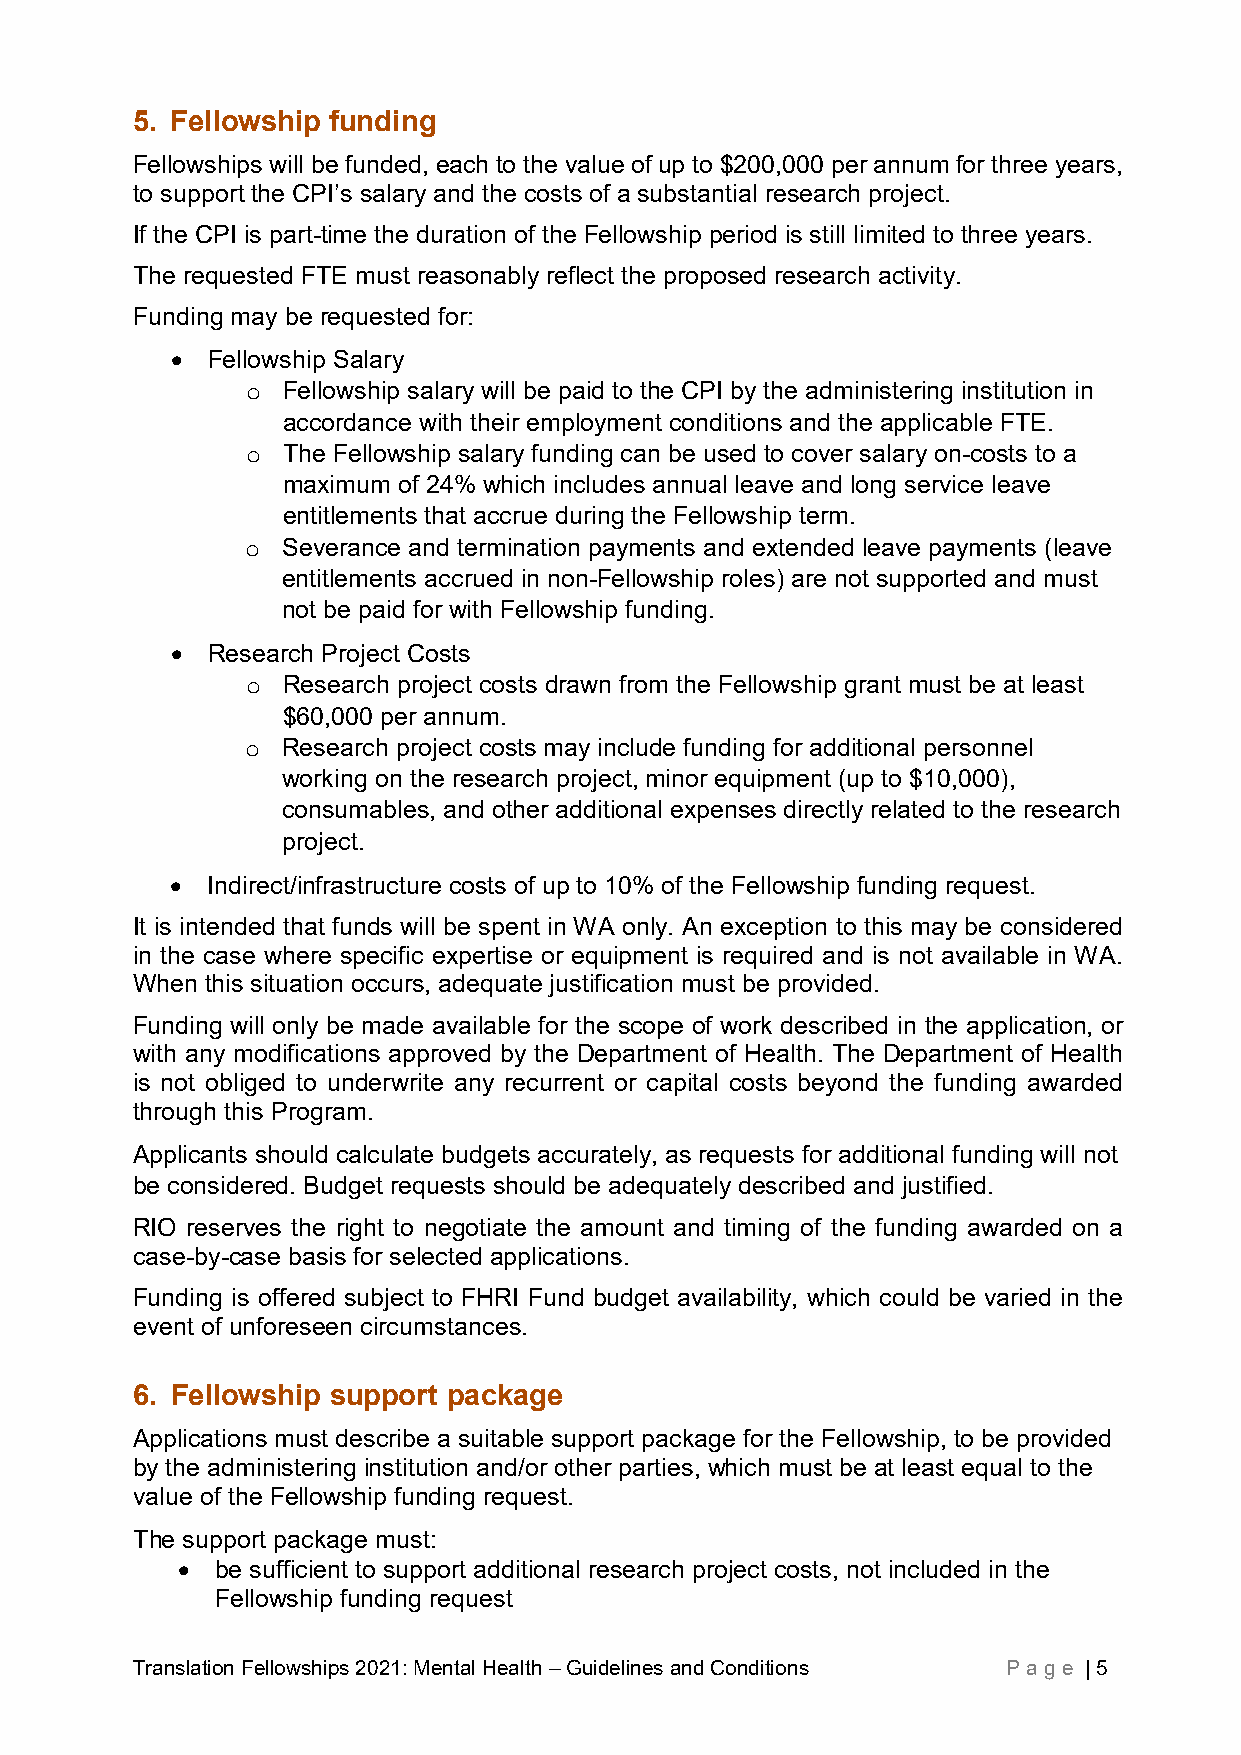
5. Fellowship funding
 Fellowships will be funded, each to the value of up to $200,000 per annum for three years,
 to support the CPI’s salary and the costs of a substantial research project.
 If the CPI is part-time the duration of the Fellowship period is still limited to three years.
 The requested FTE must reasonably reflect the proposed research activity.
 Funding may be requested for:
 •  Fellowship Salary
 Fellowship salary will be paid to the CPI by the administering institution in
 o
 accordance with their employment conditions and the applicable FTE.
 The Fellowship salary funding can be used to cover salary on-costs to a
 o
 maximum of 24% which includes annual leave and long service leave
 entitlements that accrue during the Fellowship term.
 Severance and termination payments and extended leave payments (leave
 o
 entitlements accrued in non-Fellowship roles) are not supported and must
 not be paid for with Fellowship funding.
 •  Research Project Costs
 Research project costs drawn from the Fellowship grant must be at least
 o
 $60,000 per annum.
 Research project costs may include funding for additional personnel
 o
 working on the research project, minor equipment (up to $10,000),
 consumables, and other additional expenses directly related to the research
 project.
 •  Indirect/infrastructure costs of up to 10% of the Fellowship funding request.
 It is intended that funds will be spent in WA only. An exception to this may be considered
 in the case where specific expertise or equipment is required and is not available in WA.
 When this situation occurs, adequate justification must be provided.
 Funding will only be made available for the scope of work described in the application, or
 with any modifications approved by the Department of Health. The Department of Health
 is not obliged to underwrite any recurrent or capital costs beyond the funding awarded
 through this Program.
 Applicants should calculate budgets accurately, as requests for additional funding will not
 be considered. Budget requests should be adequately described and justified.
 RIO reserves the right to negotiate the amount and timing of the funding awarded on a
 case-by-case basis for selected applications.
 Funding is offered subject to FHRI Fund budget availability, which could be varied in the
 event of unforeseen circumstances.
 6. Fellowship support package
 Applications must describe a suitable support package for the Fellowship, to be provided
 by the administering institution and/or other parties, which must be at least equal to the
 value of the Fellowship funding request.
 The support package must:
 • be sufficient to support additional research project costs, not included in the
 Fellowship funding request
 Translation Fellowships 2021: Mental Health – Guidelines and Conditions Pag e | 5